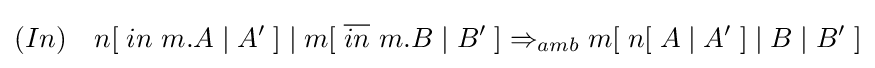
(In)\quad n[\;in\ m.A\mid A'\;]\mid m[\;{\overline {in}}\ m.B\mid B'\;]\Rightarrow _{amb}m[\;n[\;A\mid A'\;]\mid B\mid B'\;]